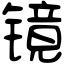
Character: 镜